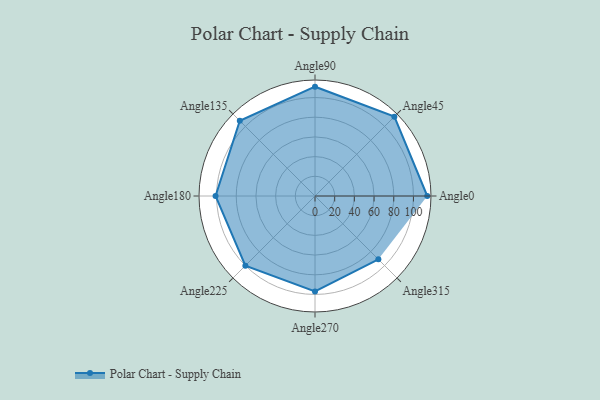
{"axis": {"x": "Angle", "y": "Radius"}, "legend": [""], "data": [{"x": "Angle0", "y": 114.0, "type": ""}, {"x": "Angle45", "y": 114.0, "type": ""}, {"x": "Angle90", "y": 111.0, "type": ""}, {"x": "Angle135", "y": 108.0, "type": ""}, {"x": "Angle180", "y": 101.0, "type": ""}, {"x": "Angle225", "y": 100.0, "type": ""}, {"x": "Angle270", "y": 97.0, "type": ""}, {"x": "Angle315", "y": 91.0, "type": ""}]}